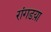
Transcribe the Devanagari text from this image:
रांगडय़ा